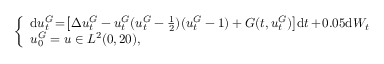
\left\{ \begin{array} { l l } { \mathrm { d } u _ { t } ^ { G } \! = \! \left[ \Delta u _ { t } ^ { G } - u _ { t } ^ { G } ( u _ { t } ^ { G } - \frac 1 2 ) ( u _ { t } ^ { G } - 1 ) + G ( t , u _ { t } ^ { G } ) \right] \! \mathrm { d } t + \! 0 . 0 5 \mathrm { d } W _ { t } } \\ { u _ { 0 } ^ { G } = u \in L ^ { 2 } ( 0 , 2 0 ) , } \end{array} \right.